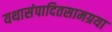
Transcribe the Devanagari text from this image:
यथासंपादितसामग्रया